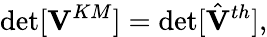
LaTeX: \operatorname*{det}[{\mathbf V}^{KM}]=\operatorname*{det}[{\hat{\mathbf V}}^{th}],